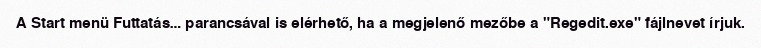
A Start menü Futtatás… parancsával is elérhető, ha a megjelenő mezőbe a "Regedit.exe" fájlnevet írjuk.